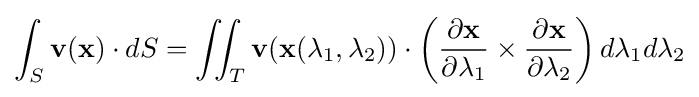
\int _{S}\mathbf {v} (\mathbf {x} )\cdot dS=\iint _{T}\mathbf {v} (\mathbf {x} (\lambda _{1},\lambda _{2}))\cdot \left({\partial \mathbf {x}  \over \partial \lambda _{1}}\times {\partial \mathbf {x}  \over \partial \lambda _{2}}\right)d\lambda _{1}d\lambda _{2}